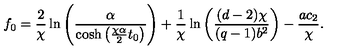
f _ { 0 } = \frac 2 { \chi } \ln \left( \frac { \alpha } { \cosh \left( { \frac { \chi \alpha } { 2 } } t _ { 0 } \right) } \right) + \frac 1 { \chi } \ln \left( { \frac { ( d - 2 ) \chi } { ( q - 1 ) b ^ { 2 } } } \right) - { \frac { a c _ { 2 } } { \chi } } .